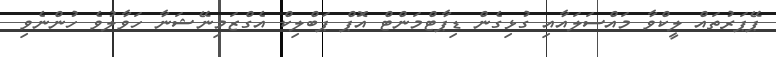
ޕޭޕަރުތައް ލީކްވާ މައްސަލައާއި ގުޅިގެން ޑިޕާޓްމަންޓް އޮޕް ޕަބްލިކް އެގްޒަމިނޭޝަނާ ހަވާލުވެ ހުންނެވި